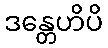
ဒန္တေဟိပိ